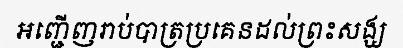
អញ្ជើញរាប់បាត្រប្រគេនដល់ព្រះសង្ឃ